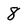
Character: 8